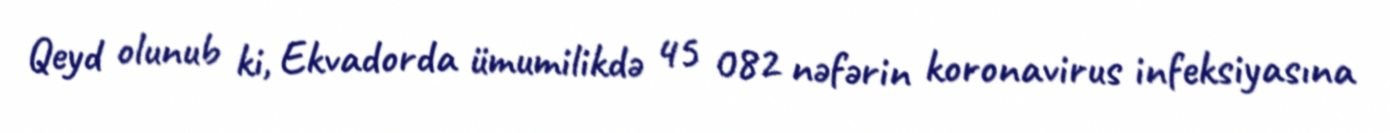
Qeyd olunub ki, Ekvadorda ümumilikdə 45 082 nəfərin koronavirus infeksiyasına